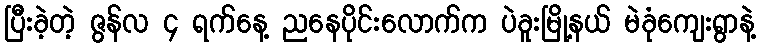
ပြီးခဲ့တဲ့ ဇွန်လ ၄ ရက်နေ့ ညနေပိုင်းလောက်က ပဲခူးမြို့နယ် မဲခုံကျေးရွာနဲ့